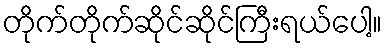
တိုက်တိုက်ဆိုင်ဆိုင်ကြီးရယ်ပေါ့။